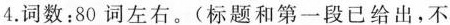
4.词数：80 词左石。(标题和第一段已给出,不